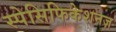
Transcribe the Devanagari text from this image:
स्पेसिफिकेशनज़